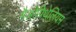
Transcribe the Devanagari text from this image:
मैओपिथेलियम